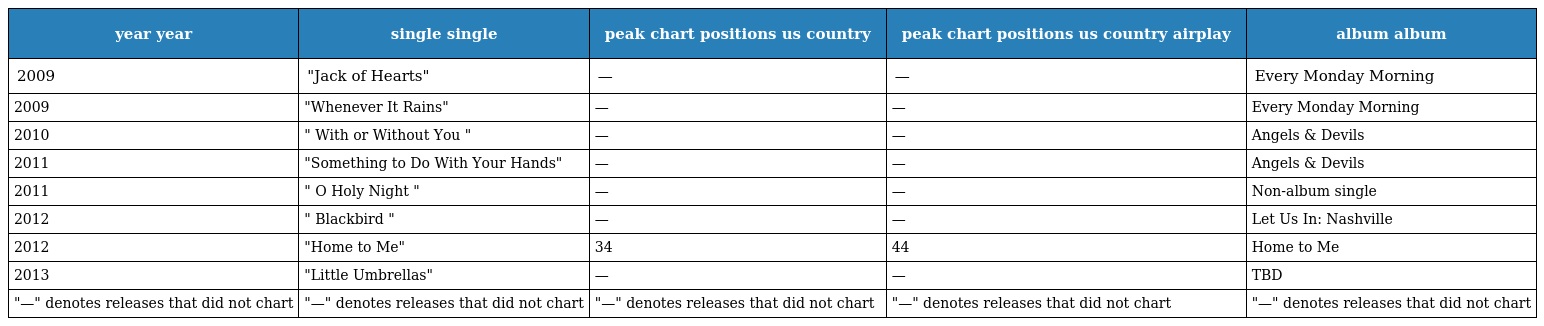
| year year | single single | peak chart positions us country | peak chart positions us country airplay | album album |
 | --- | --- | --- | --- | --- |
 | 2009 | "Jack of Hearts" | — | — | Every Monday Morning |
 | 2009 | "Whenever It Rains" | — | — | Every Monday Morning |
 | 2010 | " With or Without You " | — | — | Angels & Devils |
 | 2011 | "Something to Do With Your Hands" | — | — | Angels & Devils |
 | 2011 | " O Holy Night " | — | — | Non-album single |
 | 2012 | " Blackbird " | — | — | Let Us In: Nashville |
 | 2012 | "Home to Me" | 34 | 44 | Home to Me |
 | 2013 | "Little Umbrellas" | — | — | TBD |
 | "—" denotes releases that did not chart | "—" denotes releases that did not chart | "—" denotes releases that did not chart | "—" denotes releases that did not chart | "—" denotes releases that did not chart |